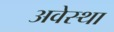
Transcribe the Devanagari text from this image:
अवेस्था